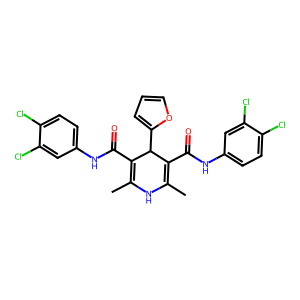
SMILES: CC1=C(C(=O)Nc2ccc(Cl)c(Cl)c2)C(c2ccco2)C(C(=O)Nc2ccc(Cl)c(Cl)c2)=C(C)N1
Inhibits HIV replication: No